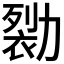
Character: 𰅖